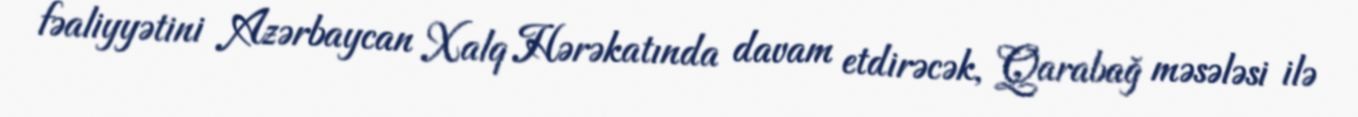
fəaliyyətini Azərbaycan Xalq Hərəkatında davam etdirəcək, Qarabağ məsələsi ilə